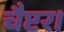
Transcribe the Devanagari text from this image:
चैप्टर।